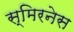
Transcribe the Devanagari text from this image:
स्मिरनेस